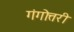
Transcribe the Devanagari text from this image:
गंगोत्तरी